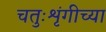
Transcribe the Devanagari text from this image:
चतुःशृंगीच्या